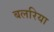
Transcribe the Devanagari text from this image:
बलरिया